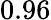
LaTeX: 0.96